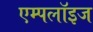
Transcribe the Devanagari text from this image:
एम्‍पलॉइज